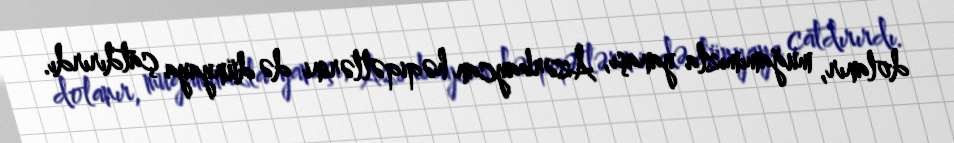
dolanır, muğamımızla yanaşı, Azərbaycan həqiqətlərini də dünyaya çatdırırdı.